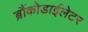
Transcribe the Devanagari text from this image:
ब्रौंकोडाईलेटर